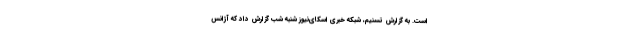
است. به گزارش تسنیم، شبکه خبری اسکای‌نیوز شنبه شب گزارش داد که آژانس